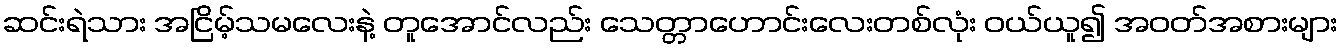
ဆင်းရဲသား အငြိမ့်သမလေးနဲ့ တူအောင်လည်း သေတ္တာဟောင်းလေးတစ်လုံး ဝယ်ယူ၍ အဝတ်အစားများ